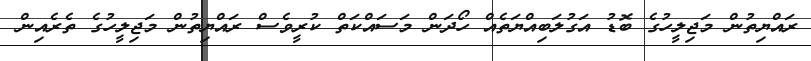
ރައްޔިތުން މަޖިލީހުގެ ބޮޑު އަގުލަބިއްޔަތެއް ހޯދަން މަސައްކަތް ކުރީވެސް ރައްޔިތުން މަޖިލީހުގެ ތެރެއިން